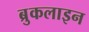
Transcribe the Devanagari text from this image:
ब्रुकलाइन